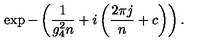
\exp - \left( \frac { 1 } { g _ { 4 } ^ { 2 } { n } } + i \left( \frac { 2 \pi j } { { n } } + { c } \right) \right) .